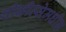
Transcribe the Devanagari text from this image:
चीकीत्सेमधील